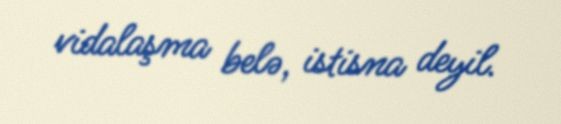
vidalaşma belə, istisna deyil.